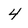
Character: 4